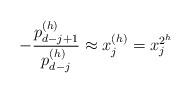
LaTeX: \begin{align*}-\frac{p_{d-j+1}^{(h)}}{p_{d-j}^{(h)}}\approx x^{(h)}_{j}=x_{j}^{2^h}\end{align*}